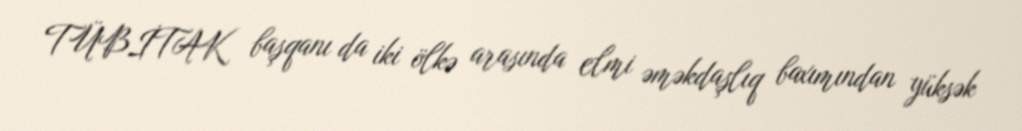
TÜBİTAK başqanı da iki ölkə arasında elmi əməkdaşlıq baxımından yüksək